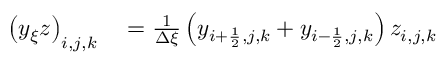
\begin{array} { r l } { \left( y _ { \xi } z \right) _ { i , j , k } } & { { } = \frac { 1 } { \Delta \xi } \left( y _ { i + \frac { 1 } { 2 } , j , k } + y _ { i - \frac { 1 } { 2 } , j , k } \right) z _ { i , j , k } } \end{array}